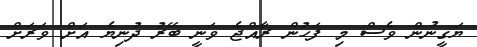
ޔަގީނުން ވެސް މި ފަހުން ރާއްޖެ ވަނީ ބޭރު ދުނިޔެ އަށް ވަރަށް